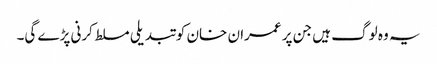
یہ وہ لوگ ہیں جن پر عمران خان کو تبدیلی مسلط کرنی پڑے گی۔